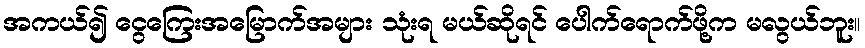
အကယ်၍ ငွေကြေးအမြောက်အများ သုံးရ မယ်ဆိုရင် ပေါက်ရောက်ဖို့က မလွယ်ဘူး။